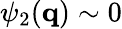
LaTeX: \psi_{2}(\mathbf{q})\sim 0